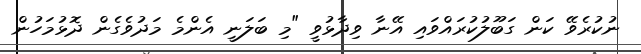
ނުކުރެވޭ ކަން ގަބޫލުކުރައްވައި އޭނާ ވިދާޅުވީ "މި ބަލަނީ އެންމެ މަދުވެގެން ދޮޅުމަހުން